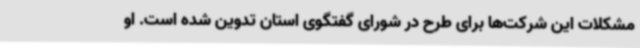
مشکلات این شرکت‌ها برای طرح در شورای گفتگوی استان تدوین شده است. او